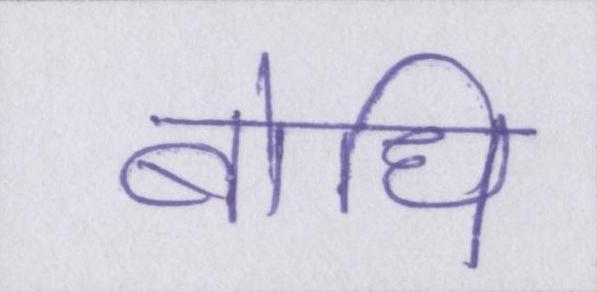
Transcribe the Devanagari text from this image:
बोधि